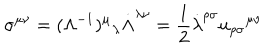
LaTeX: \sigma ^ { \mu \nu } = ( \Lambda ^ { - 1 } ) ^ { \mu } \hspace { 0 . 1 m m } _ { \lambda } \dot { \Lambda } ^ { \lambda \nu } = \frac { 1 } { 2 } \dot { \lambda } ^ { \rho \sigma } u _ { \rho \sigma } \hspace { 0 . 1 m m } ^ { \mu \nu }